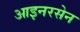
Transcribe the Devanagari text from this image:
आइनरसेन